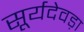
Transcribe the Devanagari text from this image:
सूर्यदेवड़ा